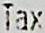
TAX